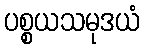
ပစ္စယသမုဒယံ